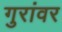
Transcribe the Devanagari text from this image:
गुरांवर